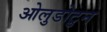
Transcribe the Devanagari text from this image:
ओलुडोटुन